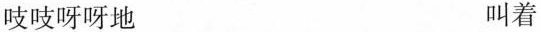
吱吱呀呀地 叫着